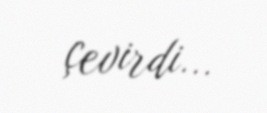
çevirdi...